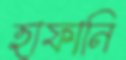
হাফানি